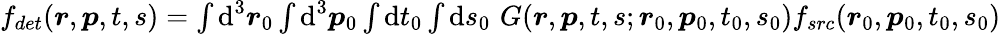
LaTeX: \begin{array}{r}{f_{det}(\boldsymbol{r},\boldsymbol{p},t,s)=\int{\mathop{}\! \mathrm{d}}^{3}\boldsymbol{r}_{0}\int{\mathop{}\! \mathrm{d}}^{3}\boldsymbol{p}_{0}\int{\mathop{}\! \mathrm{d}}t_{0}\int{\mathop{}\! \mathrm{d}}s_{0}\, \, G(\boldsymbol{r},\boldsymbol{p},t,s;\boldsymbol{r}_{0},\boldsymbol{p}_{0},t_{0},s_{0})f_{src}(\boldsymbol{r}_{0},\boldsymbol{p}_{0},t_{0},s_{0})}\end{array}